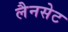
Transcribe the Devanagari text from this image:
लैनसेट